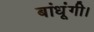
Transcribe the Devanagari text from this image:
बांधूंगी।